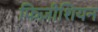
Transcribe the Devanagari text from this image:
फिज़ीशियन